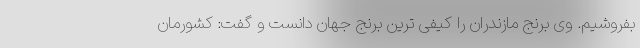
بفروشیم. وی برنج مازندران را کیفی ترین برنج جهان دانست و گفت: کشورمان